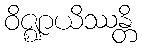
ဝိဇ္ဈာယိဿန္တိ